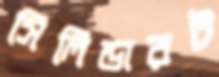
সিলিন্ডারট